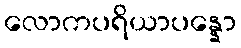
လောကပရိယာပန္နော